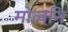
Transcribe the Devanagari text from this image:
मोत्वनि